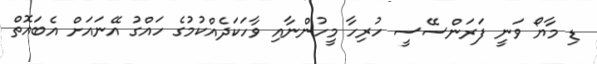
ޑި މާޔޯ ވަނީ ފަރަންސޭސީ ހުރިހާ މީހުންނާއި ވާހަކަދެއްކުމުގެ ހައްގު އޭނައަށް އެބައޮތް